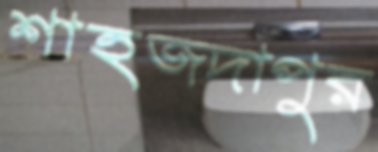
শাহজদাপুর